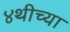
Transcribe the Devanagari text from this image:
४थीच्या